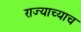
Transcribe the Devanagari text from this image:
राज्याच्याच